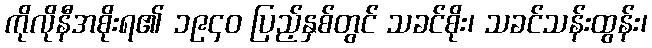
ကိုလိုနီအစိုးရ၏ ၁၉၄၀ ပြည့်နှစ်တွင် သခင်စိုး၊ သခင်သန်းထွန်း၊